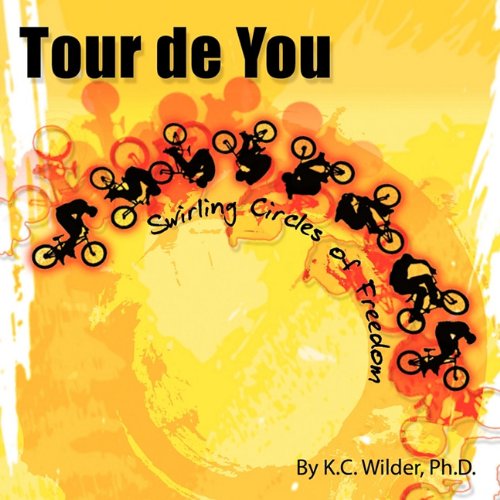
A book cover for Tour de You: Swirling Circles of Freedom; K. C. Wilder Ph.D.; Teen & Young Adult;